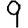
Digit: 9